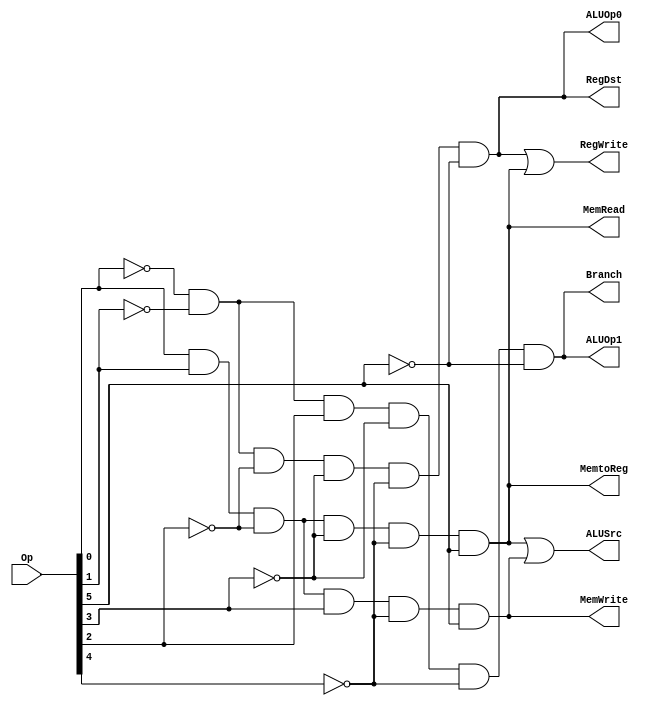
module ANDarray (RegDst,ALUSrc, MemtoReg, RegWrite, MemRead, MemWrite,Branch,ALUOp0,ALUOp1,Op);
	input [5:0] Op;
	output RegDst,ALUSrc,MemtoReg, RegWrite, MemRead, MemWrite,Branch,ALUOp0,ALUOp1;
	wire Rformat, lw,sw,beq;
	
	assign Rformat= (~Op[0])& (~Op[1])& (~Op[2])& (~Op[3])& (~Op[4])& (~Op[5]);
	assign lw= (Op[0])& (Op[1])& (~Op[2])& (~Op[3])& (~Op[4])& (Op[5]);
	assign sw= (Op[0])& (Op[1])& (~Op[2])& (Op[3])& (~Op[4])& (Op[5]);
	assign beq= (~Op[0])& (~Op[1])& (Op[2])& (~Op[3])& (~Op[4])& (~Op[5]);

	// complete rest of the module
	assign RegDst = Rformat;
	assign ALUSrc = lw | sw;
	assign MemtoReg = lw;
	assign RegWrite = Rformat|lw;
	assign MemRead = lw;
	assign MemWrite = sw;
	assign Branch = beq;
	assign ALUOp0 = Rformat;
	assign ALUOp1 = beq;
endmodule